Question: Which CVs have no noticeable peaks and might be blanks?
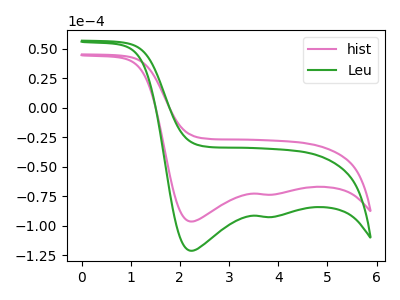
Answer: <think>The pink curve "hist" has cathodic peaks at (2.25V, -96.55uA) (3.75V, -73.75uA). The green curve "Leu" has cathodic peaks at (2.25V, -121.40uA) (3.75V, -92.70uA).</think>
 <answer>There are not any CV's on this graph that are likely to be blanks.</answer>
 <eval>none</eval>